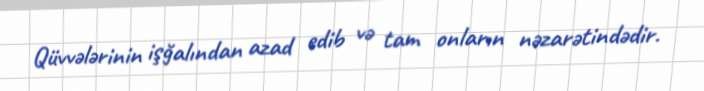
Qüvvələrinin işğalından azad edib və tam onların nəzarətindədir.